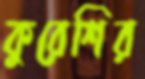
কুরেশির